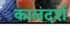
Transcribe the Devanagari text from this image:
कालदर्श